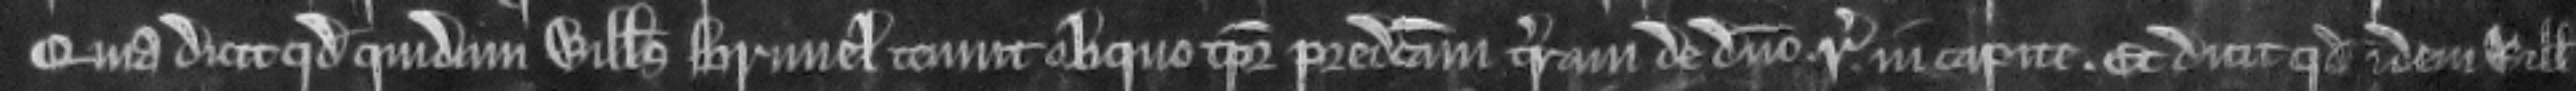
Quia dicit quod quidam Willelmus Brunel tenuit aliquo tempore predictam terram de domino regis in capite. Et dicit quod idem Willelmus